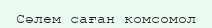
Сәлем саған комсомол